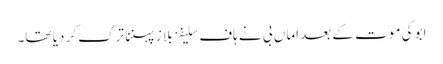
ابو کی موت کے بعد اماں بی نے ہاف سلیفز بلا ز پہننا ترک کر دیا تھا۔